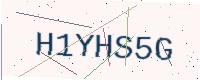
Text: H1YHS5G